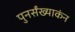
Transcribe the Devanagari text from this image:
पुनर्संख्याकंन